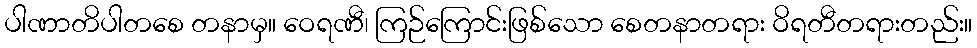
ပါဏာတိပါတစေ တနာမှ။ ဝေရဏီ၊ ကြဉ်ကြောင်းဖြစ်သော စေတနာတရား ဝိရတီတရားတည်း။